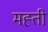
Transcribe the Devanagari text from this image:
मह्ती